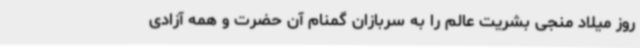
روز میلاد منجی بشریت عالم را به سربازان گمنام آن حضرت و همه آزادی